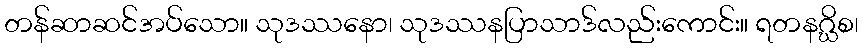
တန်ဆာဆင်အပ်သော။ သုဒဿနော၊ သုဒဿနပြာသာဒ်လည်းကောင်း။ ရတနဂ္ဃိစ၊